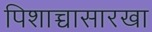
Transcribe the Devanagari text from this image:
पिशाच्चासारखा